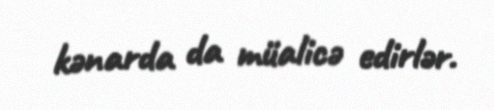
kənarda da müalicə edirlər.